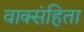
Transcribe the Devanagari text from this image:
वाक्संहिता